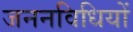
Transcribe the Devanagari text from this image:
जननविधियों